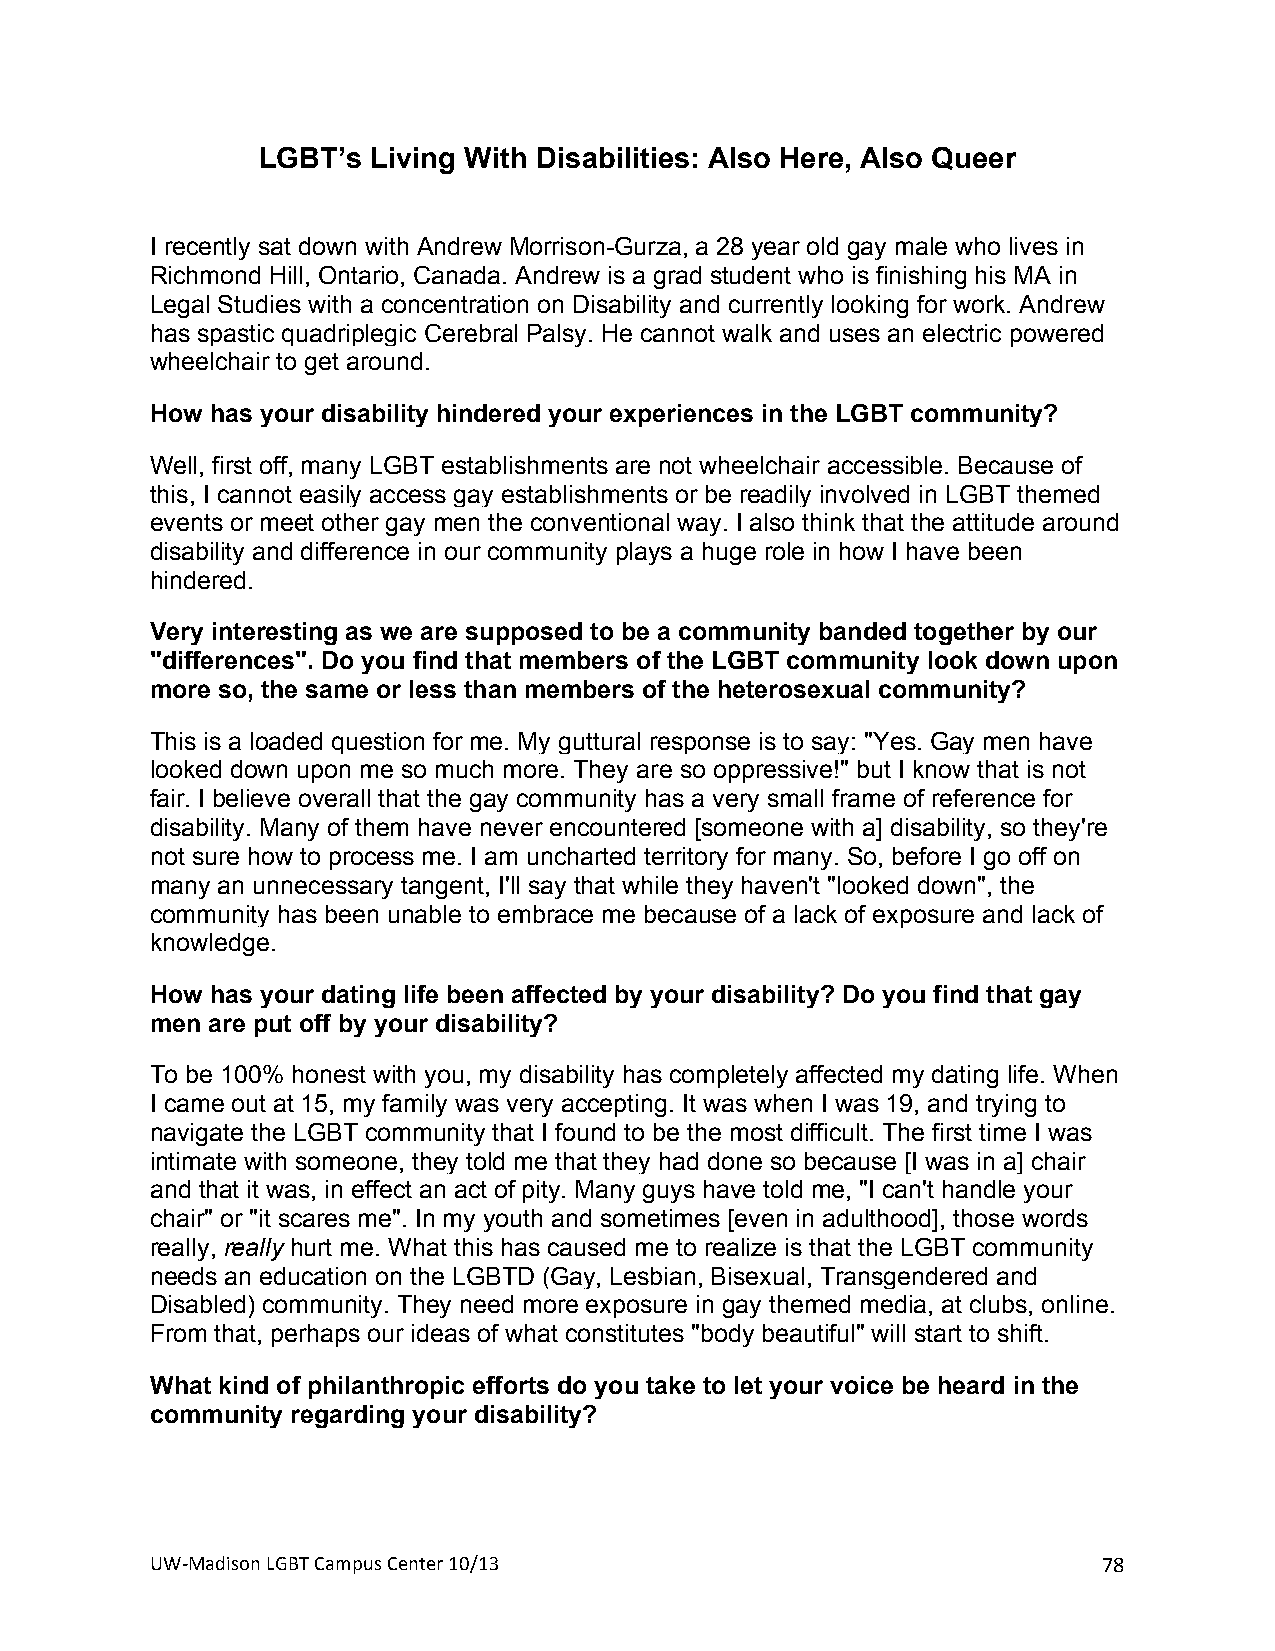
LGBT’s  Living With Disabilities: Also Here, Also Queer
 +
 I recently sat down with Andrew Morrison-Gurza, a 28 year old gay male who lives in
 Richmond Hill, Ontario, Canada. Andrew is a grad student who is finishing his MA in
 Legal Studies with a concentration on Disability and currently looking for work. Andrew
 has spastic quadriplegic Cerebral Palsy. He cannot walk and uses an electric powered
 wheelchair to get around.
 How has your disability hindered your experiences in the LGBT community?
 Well, first off, many LGBT establishments are not wheelchair accessible. Because of
 this, I cannot easily access gay establishments or be readily involved in LGBT themed
 events or meet other gay men the conventional way. I also think that the attitude around
 disability and difference in our community plays a huge role in how I have been
 hindered.
 Very interesting as we are supposed to be a community banded together by our
 "differences". Do you find that members of the LGBT community look down upon
 more so, the same or less than members of the heterosexual community?
 This is a loaded question for me. My guttural response is to say: "Yes. Gay men have
 looked down upon me so much more. They are so oppressive!" but I know that is not
 fair. I believe overall that the gay community has a very small frame of reference for
 disability. Many of them have never encountered [someone with a] disability, so they're
 not sure how to process me. I am uncharted territory for many. So, before I go off on
 many an unnecessary tangent, I'll say that while they haven't "looked down", the
 community has been unable to embrace me because of a lack of exposure and lack of
 knowledge.
 How has your dating life been affected by your disability? Do you find that gay
 men are put off by your disability?
 To be 100% honest with you, my disability has completely affected my dating life. When
 I came out at 15, my family was very accepting. It was when I was 19, and trying to
 navigate the LGBT community that I found to be the most difficult. The first time I was
 intimate with someone, they told me that they had done so because [I was in a] chair
 and that it was, in effect an act of pity. Many guys have told me, "I can't handle your
 chair" or "it scares me". In my youth and sometimes [even in adulthood], those words
 really, really hurt me. What this has caused me to realize is that the LGBT community
 needs an education on the LGBTD (Gay, Lesbian, Bisexual, Transgendered and
 Disabled) community. They need more exposure in gay themed media, at clubs, online.
 From that, perhaps our ideas of what constitutes "body beautiful" will start to shift.
 What kind of philanthropic efforts do you take to let your voice be heard in the
 community regarding your disability?
 UW#Madison+LGBT+Campus+Center+10/13+                           78+